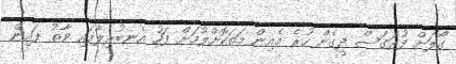
ގޯލަށް ފުރަގަސް ދީގެން ހުރެ މެއިން މަތަކޮށްލުމަށް ފަހު އެނބުރިލާފައި ވާތު ފައިން